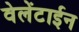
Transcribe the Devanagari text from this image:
वेलेंटाईन